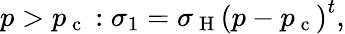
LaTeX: p>p_{\mathrm{~c~}}:\sigma_{1}=\sigma_{\mathrm{~H~}}\left(p-p_{\mathrm{~c~}}\right)^{t},